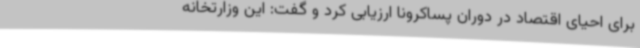
برای احیای اقتصاد در دوران پساکرونا ارزیابی کرد و گفت: این وزارتخانه